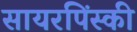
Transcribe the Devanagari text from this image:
सायरपिंस्की